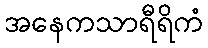
အနေကသာရီရိကံ